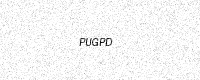
Text: PUGPD